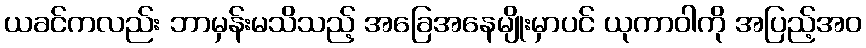
ယခင်ကလည်း ဘာမှန်းမသိသည့် အခြေအနေမျိုးမှာပင် ယုကာဝါကို အပြည့်အဝ